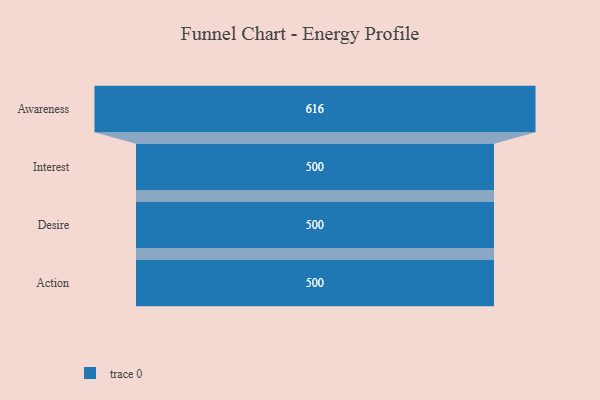
{"axis": {"x": "Stage", "y": "Value"}, "legend": [""], "data": [{"x": "Awareness", "y": 616.0, "type": ""}, {"x": "Interest", "y": 500, "type": ""}, {"x": "Desire", "y": 500, "type": ""}, {"x": "Action", "y": 500, "type": ""}]}